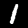
Digit: 1